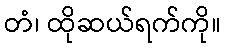
တံ၊ ထိုဆယ်ရက်ကို။